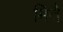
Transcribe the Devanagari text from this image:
मितै